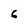
Character: 6